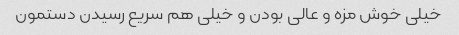
خیلی خوش مزه و عالی بودن و خیلی هم سریع رسیدن دستمون